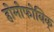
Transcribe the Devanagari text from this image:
होमोफोबिक्